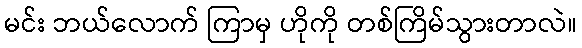
မင်း ဘယ်လောက် ကြာမှ ဟိုကို တစ်ကြိမ်သွားတာလဲ။